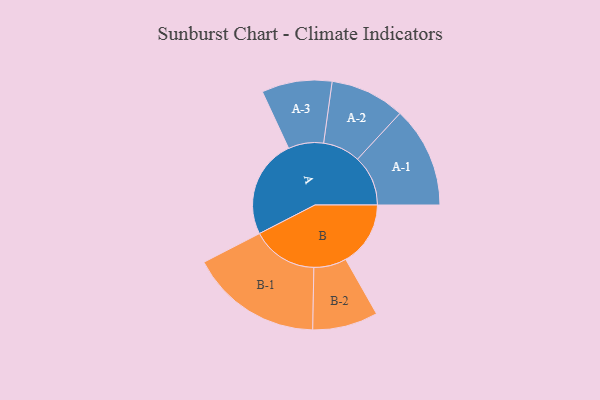
{"axis": {"x": "Segment", "y": "Value"}, "legend": ["", "A", "B"], "data": [{"x": "A", "y": 444, "type": ""}, {"x": "B", "y": 291, "type": ""}, {"x": "A-1", "y": 227, "type": "A"}, {"x": "A-2", "y": 168, "type": "A"}, {"x": "A-3", "y": 158, "type": "A"}, {"x": "B-1", "y": 297, "type": "B"}, {"x": "B-2", "y": 147, "type": "B"}]}